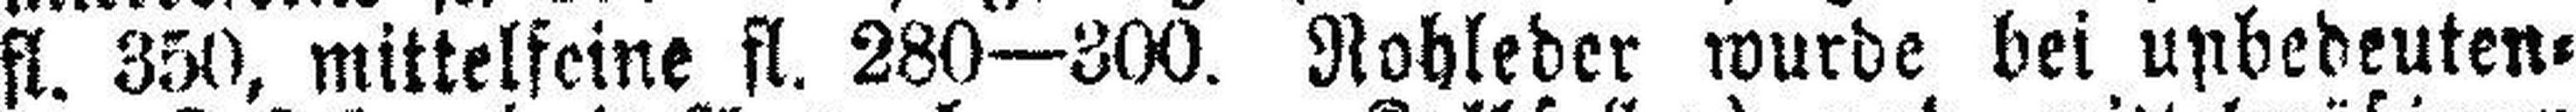
fl. 350, mittelfeine fl. 280—300. Rohleder wurde bei unbedeuten¬